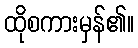
ထိုစကားမှန်၏။